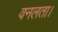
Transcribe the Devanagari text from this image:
वनलता।